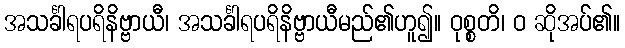
အသင်္ခါရပရိနိဗ္ဗာယီ၊ အသင်္ခါရပရိနိဗ္ဗာယီမည်၏ဟူ၍။ ဝုစ္စတိ၊ ဝ ဆိုအပ်၏။